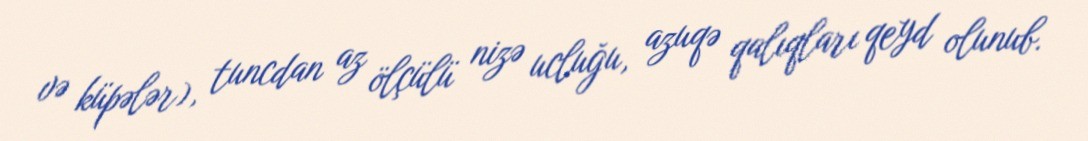
və küpələr), tuncdan az ölçülü nizə ucluğu, azuqə qalıqları qeyd olunub.